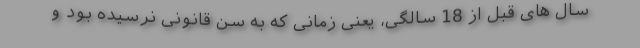
سال های قبل از 18 سالگی، یعنی زمانی که به سن قانونی نرسیده بود و